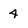
Character: 4